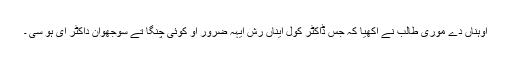
اوہناں دے موری طالب نے آکھیا کہ جس ڈاکٹر کول ایناں رش ایہہ ضرور او کوئی چنگا تے سوجھوان داکٹر ای ہو سی ۔